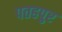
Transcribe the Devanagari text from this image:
पतहपुर